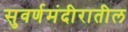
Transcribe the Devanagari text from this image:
सुवर्णमंदीरातील